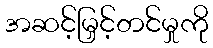
အဆင့်မြှင့်တင်မှုကို